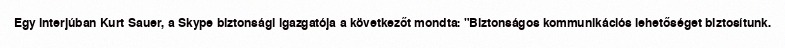
Egy interjúban Kurt Sauer, a Skype biztonsági igazgatója a következőt mondta: "Biztonságos kommunikációs lehetőséget biztosítunk.